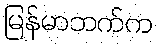
မြန်မာဘက်က